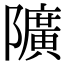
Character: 𨽏